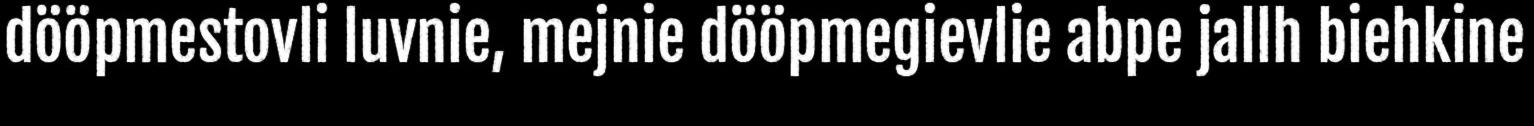
dööpmestovli luvnie, mejnie dööpmegievlie abpe jallh biehkine